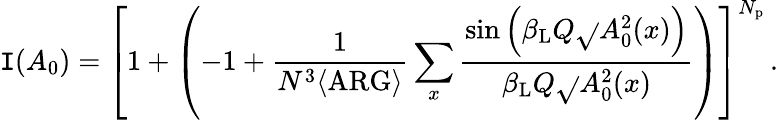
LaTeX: \mathtt{I}(A_{0})=\left[1+\left(-1+\frac{{1}}{{N^{3}\langle\mathrm{{ARG}}\rangle}}\sum_{x}\frac{{\sin\left(\beta_{\mathrm{{L}}}Q\sqrt{}{{A_{0}^{2}(x)}}\right)}}{{\beta_{\mathrm{{L}}}Q\sqrt{}{{A_{0}^{2}(x)}}}}\right)\right]^{N_{\mathrm{{p}}}}\, .